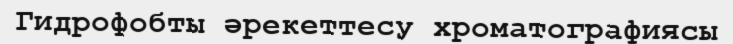
Гидрофобты әрекеттесу хроматографиясы